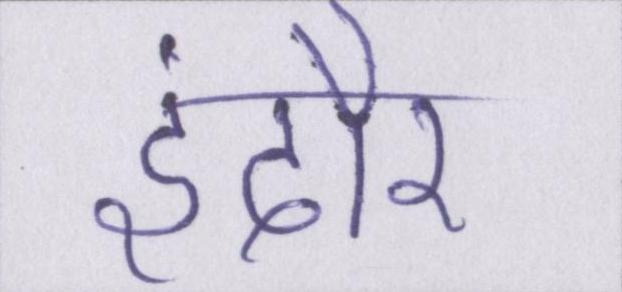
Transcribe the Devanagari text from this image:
इंदौर